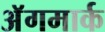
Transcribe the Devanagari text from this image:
अॅगमार्क